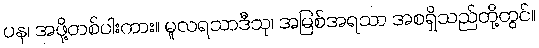
ပန၊ အဖို့တစ်ပါးကား။ မူလရသာဒီသု၊ အမြစ်အရသာ အစရှိသည်တို့တွင်။